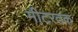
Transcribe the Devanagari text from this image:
मीटरतक